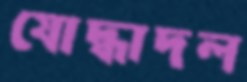
যোদ্ধাদল